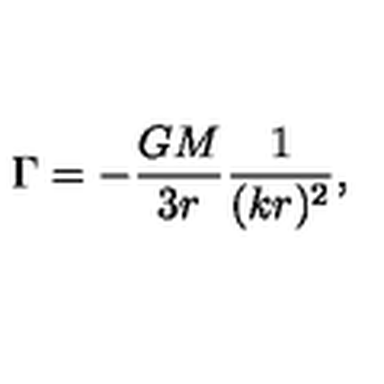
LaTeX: \Gamma = - { \frac { G M } { 3 r } } { \frac { 1 } { ( k r ) ^ { 2 } } } ,